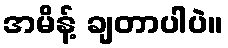
အမိန့် ချတာပါပဲ။